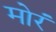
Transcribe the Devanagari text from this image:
मोरं